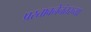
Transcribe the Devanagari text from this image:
प्रस्तावनेनंतरच्या